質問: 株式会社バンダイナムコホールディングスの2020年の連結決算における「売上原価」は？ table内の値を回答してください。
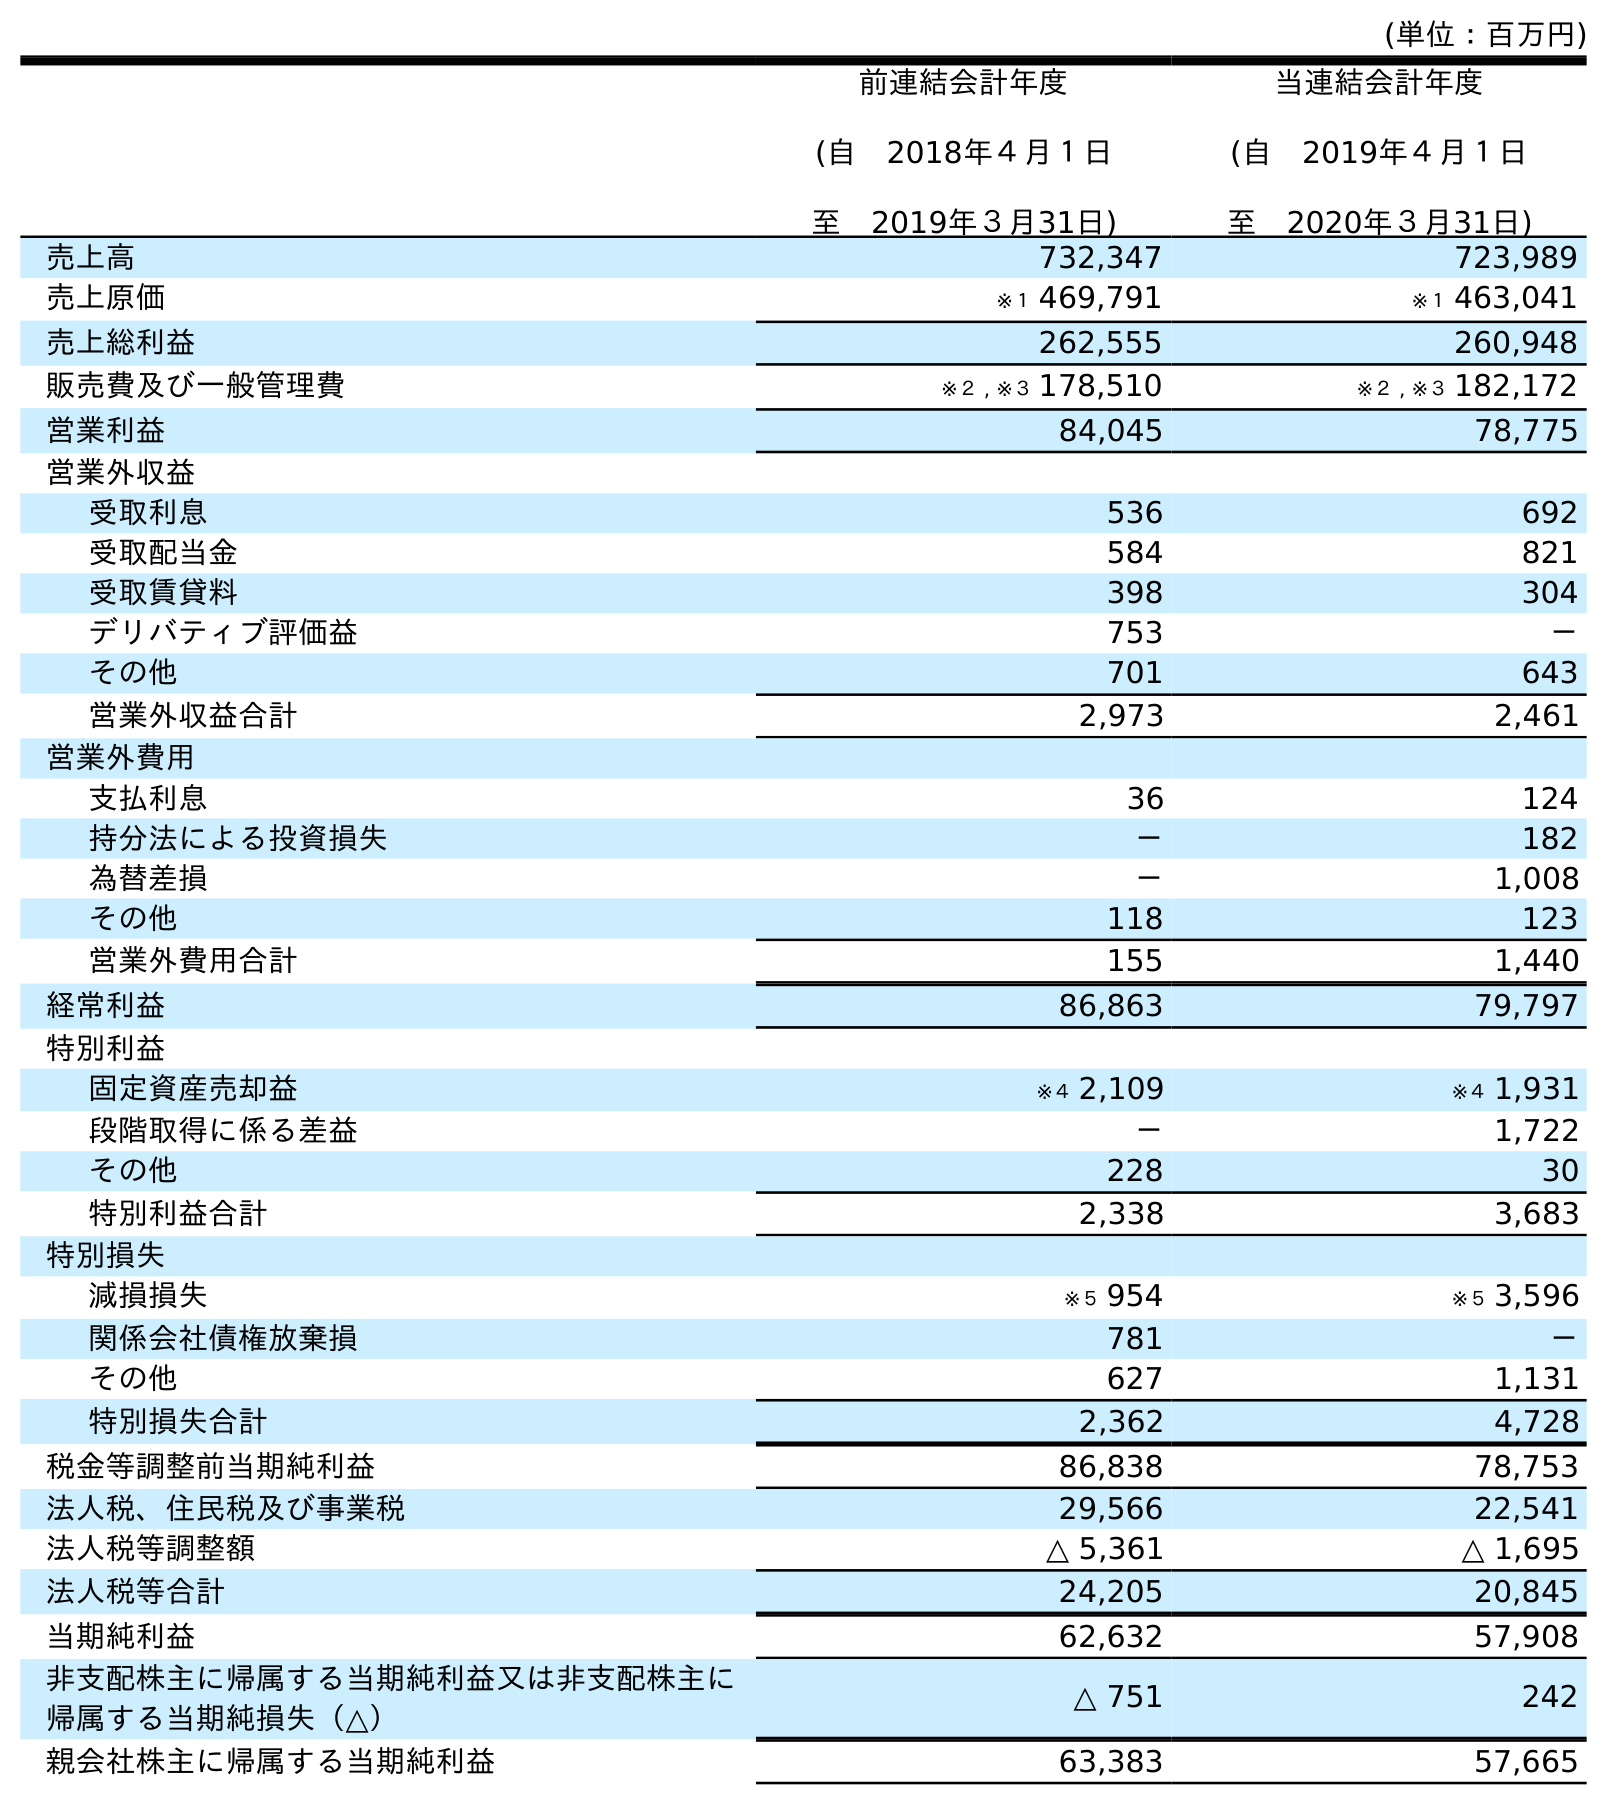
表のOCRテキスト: (単位：百万円) 前連結会計年度 (自 2018年４月１日 至 2019年３月31日) 当連結会計年度 (自 2019年４月１日 至 2020年３月31日) 売上高 732,347 723,989 売上原価 ※１ 469,791 ※１ 463,041 売上総利益 262,555 260,948 販売費及び一般管理費 ※２ , ※３ 178,510 ※２ , ※３ 182,172 営業利益 84,045 78,775 営業外収益 受取利息 536 692 受取配当金 584 821 受取賃貸料 398 304 デリバティブ評価益 753 － その他 701 643 営業外収益合計 2,973 2,461 営業外費用 支払利息 36 124 持分法による投資損失 － 182 為替差損 － 1,008 その他 118 123 営業外費用合計 155 1,440 経常利益 86,863 79,797 特別利益 固定資産売却益 ※４ 2,109 ※４ 1,931 段階取得に係る差益 － 1,722 その他 228 30 特別利益合計 2,338 3,683 特別損失 減損損失 ※５ 954 ※５ 3,596 関係会社債権放棄損 781 － その他 627 1,131 特別損失合計 2,362 4,728 税金等調整前当期純利益 86,838 78,753 法人税、住民税及び事業税 29,566 22,541 法人税等調整額 △ 5,361 △ 1,695 法人税等合計 24,205 20,845 当期純利益 62,632 57,908 非支配株主に帰属する当期純利益又は非支配株主に 帰属する当期純損失（△） △ 751 242 親会社株主に帰属する当期純利益 63,383 57,665
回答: ※１463,041